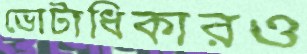
ভোটাধিকারও